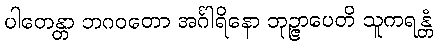
ပါတေန္တာ ဘဂဝတော အင်္ဂါရိနော ဘုဉ္ဇာပေတိ သူကရန္တံ